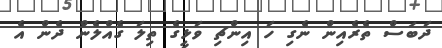
ދަބަސް ތެރެއިން ނެގި ހަ އިންޗި ވަޅީގެ ތިލަ ގެއްލެން ދެން އެ